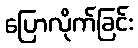
ပြောလိုက်ခြင်း